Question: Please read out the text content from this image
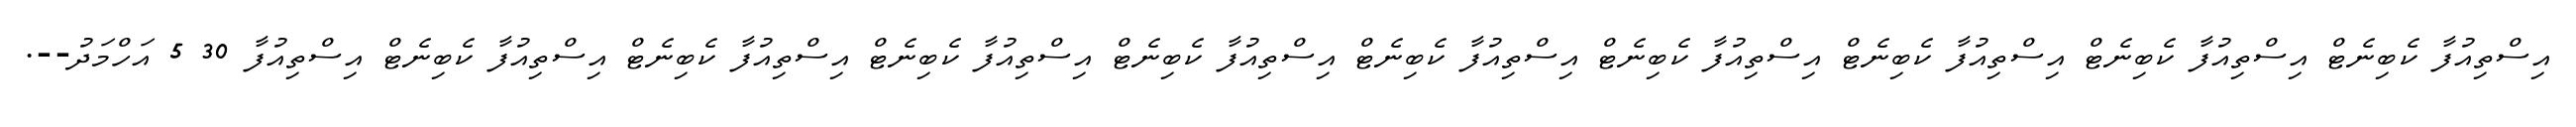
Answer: އިސްތިއުފާ ކެބިނެޓް އިސްތިއުފާ ކެބިނެޓް އިސްތިއުފާ ކެބިނެޓް އިސްތިއުފާ ކެބިނެޓް އިސްތިއުފާ ކެބިނެޓް އިސްތިއުފާ ކެބިނެޓް އިސްތިއުފާ ކެބިނެޓް އިސްތިއުފާ ކެބިނެޓް އިސްތިއުފާ ކެބިނެޓް އިސްތިއުފާ 30 5 އަހްމަދު--.